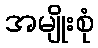
အမျိုးစုံ